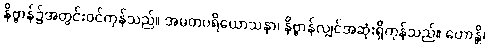
နိဗ္ဗာန်၌အတွင်းဝင်ကုန်သည်။ အမတပရိယောသနာ၊ နိဗ္ဗာန်လျှင်အဆုံးရှိကုန်သည်။ ဟောန္တိ၊